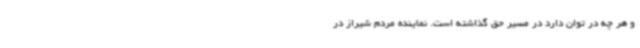
و هر چه در توان دارد در مسیر حق گذاشته است. نماینده مردم شیراز در